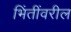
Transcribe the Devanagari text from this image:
भिंतींवरील